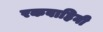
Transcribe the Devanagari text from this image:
रकवाहिनी